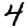
Digit: 4